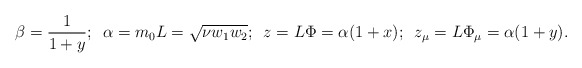
\begin{align*}\beta=\frac 1 {1+y};\,\,\, \alpha =m_0 L = \sqrt{\nu w_{1}w_{2}};\,\,\,z=L\Phi=\alpha (1+x); \,\,\,z_{\mu}=L\Phi_{\mu}=\alpha (1+y).\end{align*}